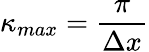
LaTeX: \kappa_{max}=\frac{\pi}{\Delta x}